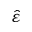
\hat { \varepsilon }